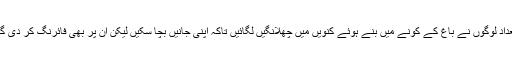
لاتعداد لوگوں نے باغ کے کونے میں بنے ہوئے کنویں میں چھلانگیں لگائیں تاکہ اپنی جانیں بچا سکیں لیکن ان پر بھی فائرنگ کر دی گئی۔